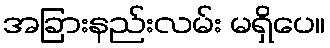
အခြားနည်းလမ်း မရှိပေ။